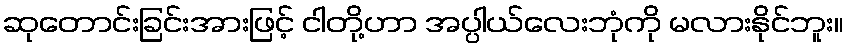
ဆုတောင်းခြင်းအားဖြင့် ငါတို့ဟာ အပ္ပါယ်လေးဘုံကို မလားနိုင်ဘူး။